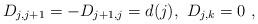
LaTeX: \begin{align*}D_{j,j+1}=-D_{j+1,j}=d(j),\ D_{j,k}=0\ ,\end{align*}